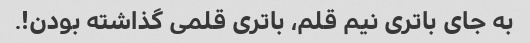
به جای باتری نیم قلم، باتری قلمی گذاشته بودن!.